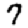
Digit: 7